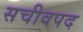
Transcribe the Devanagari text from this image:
सचीवपद